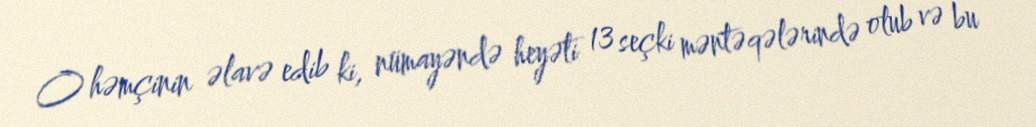
O həmçinin əlavə edib ki, nümayəndə heyəti 13 seçki məntəqələrində olub və bu